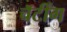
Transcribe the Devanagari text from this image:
चॅटींग